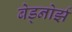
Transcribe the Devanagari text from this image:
बेड्नोर्झ